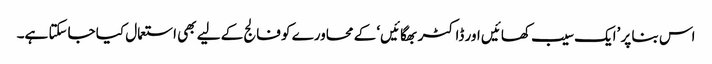
اس بنا پر ’ایک سیب کھائیں اور ڈاکٹر بھگائیں‘ کے محاورے کو فالج کے لیے بھی استعمال کیا جاسکتا ہے۔